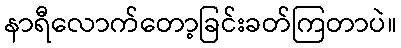
နာရီလောက်တော့ခြင်းခတ်ကြတာပဲ။